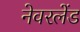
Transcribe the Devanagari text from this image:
नेवरलेंड